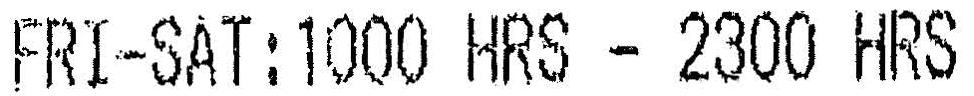
FRI-SAT:1000 HRS - 2300 HRS